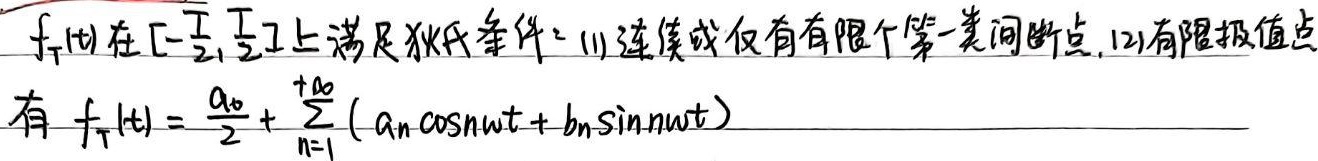
\(f_{T}(t)\)在\(\left[-\frac{T}{2},\frac{T}{2}\right]\)上满足狄氏条件：
(1) 连续或仅有有限个第一类间断点，
(2) 有限极值点。
有\(f_{T}(t)=\frac{a_{0}}{2}+\sum_{n = 1}^{+\infty}(a_{n}\cos n\omega t + b_{n}\sin n\omega t)\)